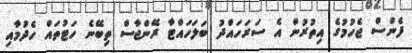
ފެންސް ޖެހުމުގެ އިތުރުން އެ ސަރަހައްދު ބަލަހައްޓާ ރޭންޖާސް ތިބޭނެ ހަޓުތައް ހެދުމާއި